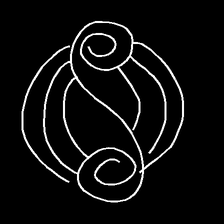
Glyph: wind-underfoot